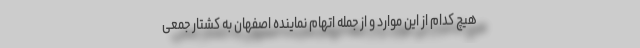
هیچ کدام از این موارد و از جمله اتهام نماینده اصفهان به کشتار جمعی